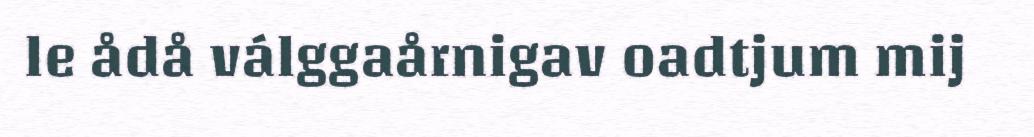
le ådå válggaårnigav oadtjum mij